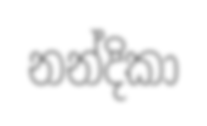
නන්දිකා